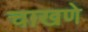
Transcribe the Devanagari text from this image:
चाखणे